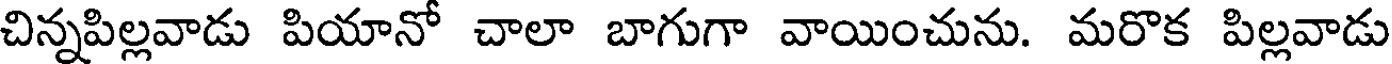
చిన్నపిల్లవాడు పియానో చాలా బాగుగా వాయించును. మరొక పిల్లవాడు